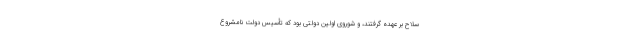
سلاح بر عهده گرفتند، و شوروی اوّلین دولتی بود که تأسیس دولت نامشروع